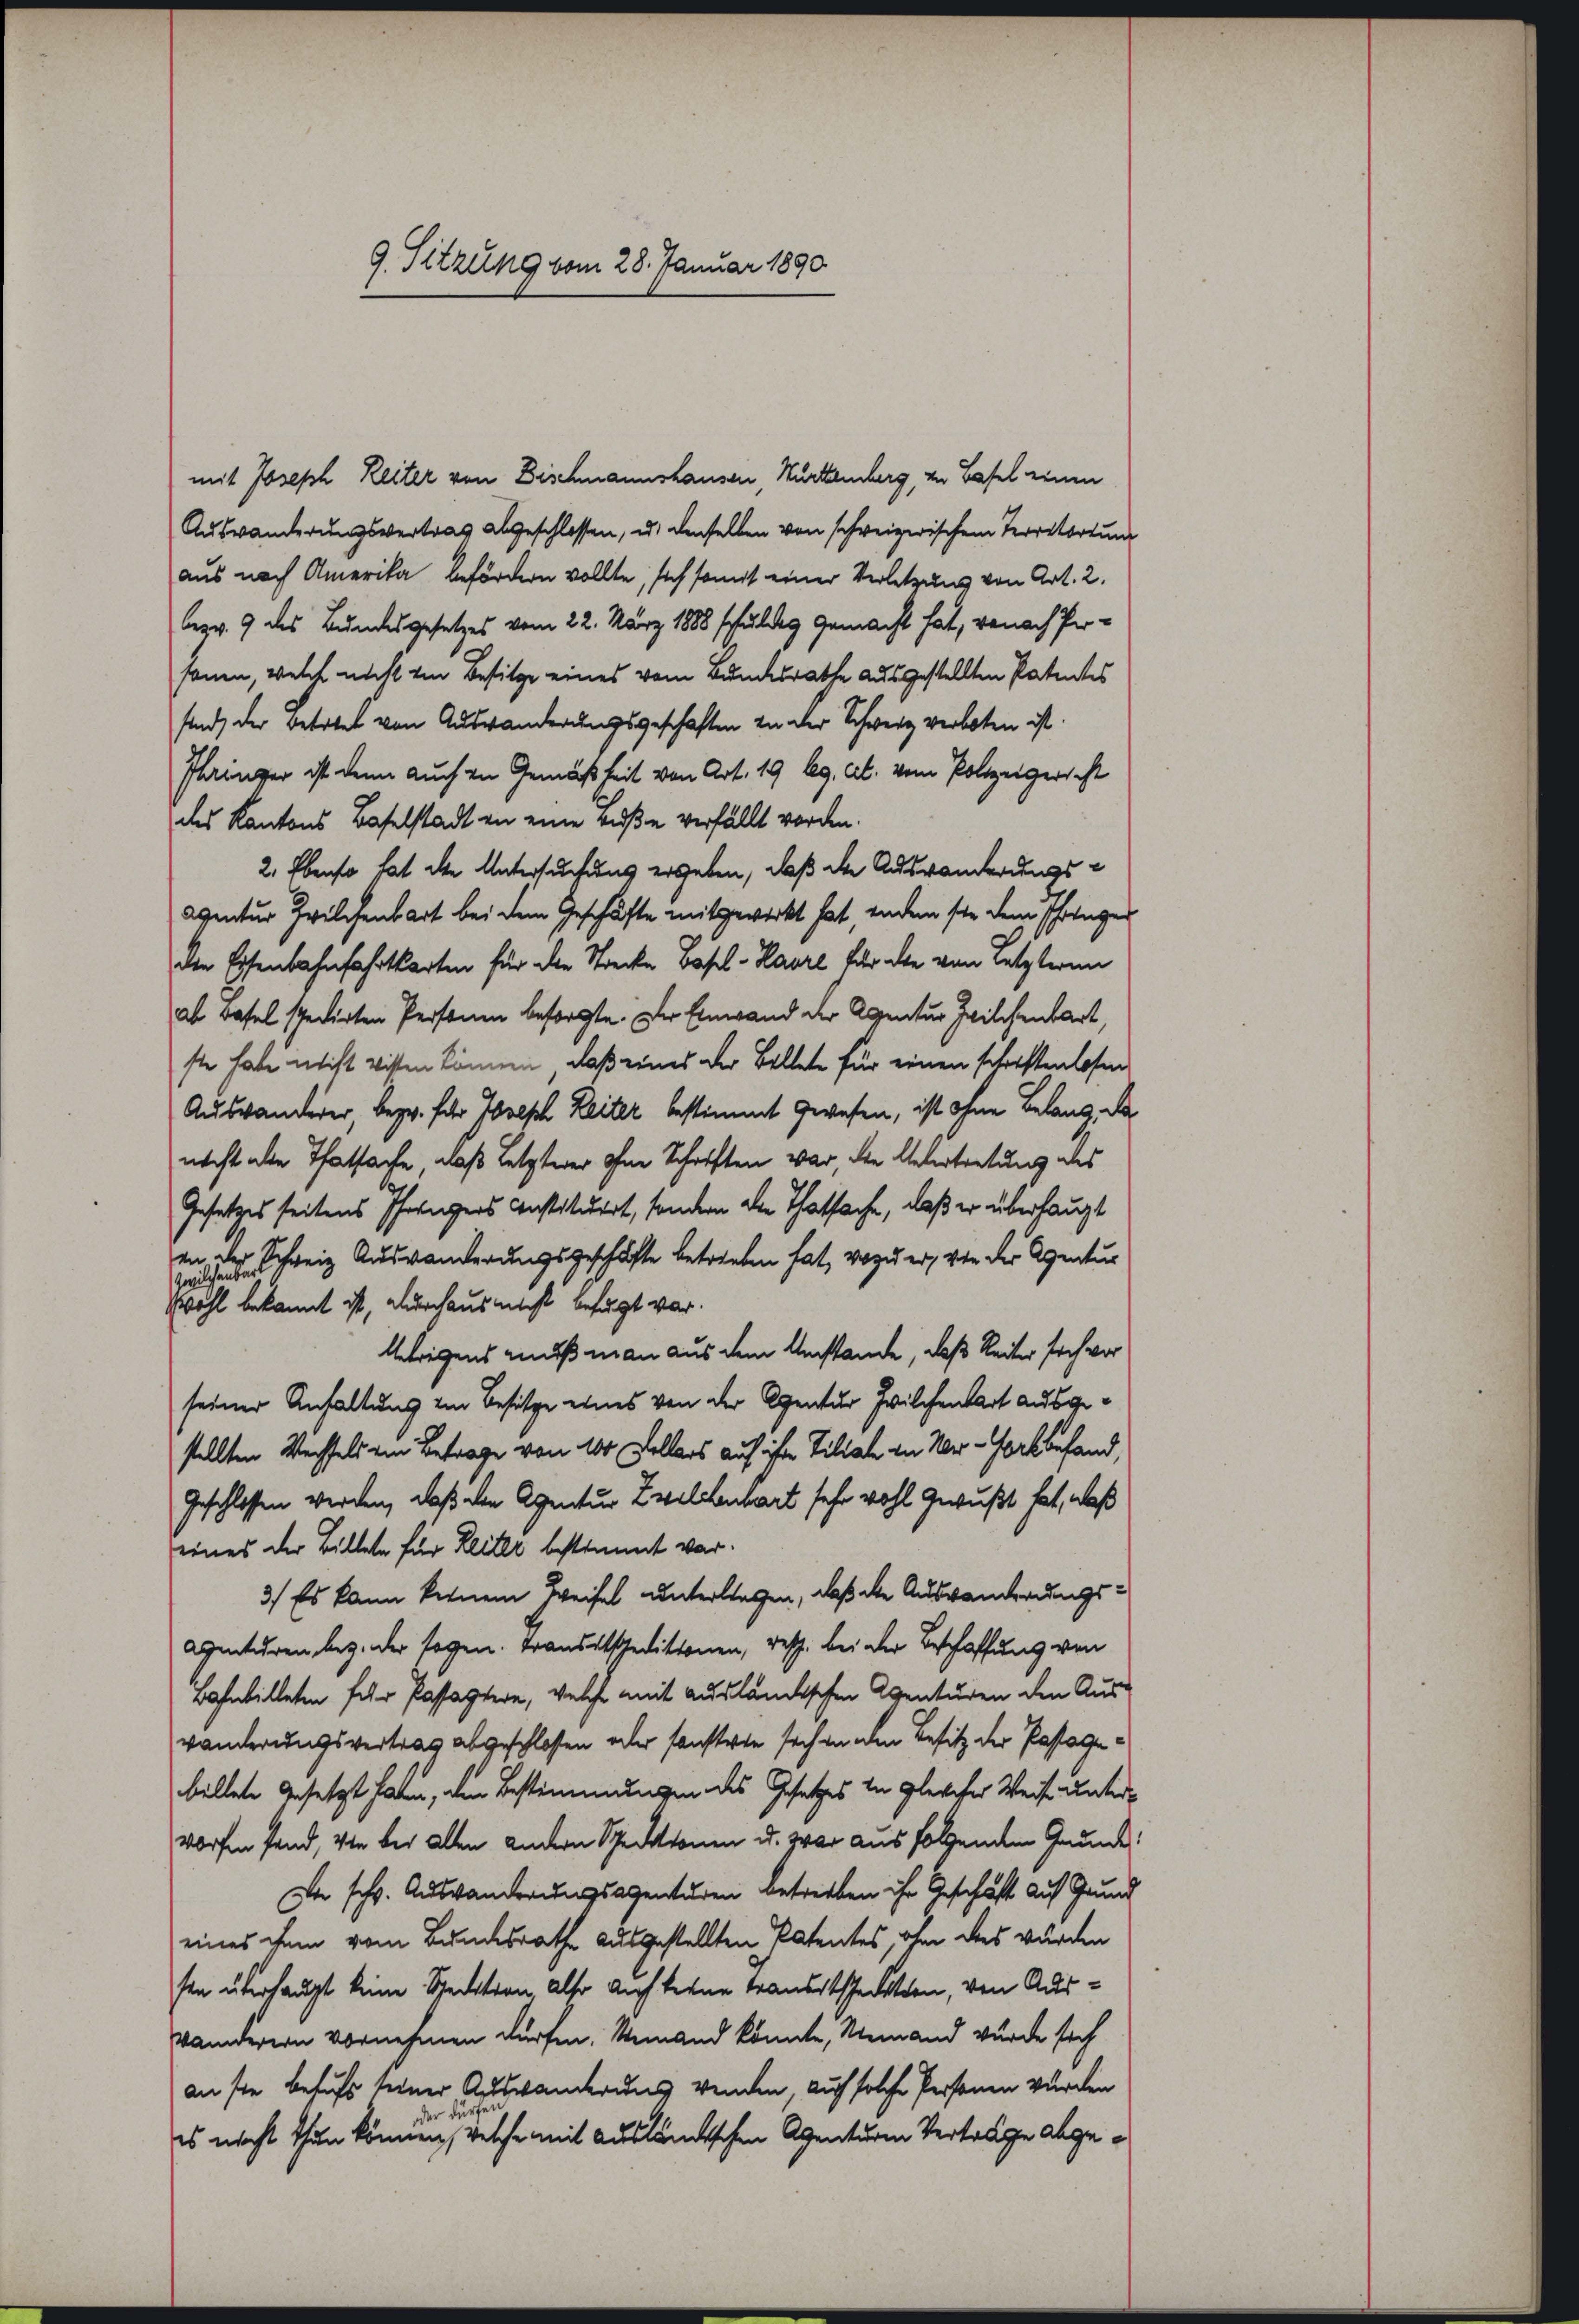
9. Sitzung vom 28. Januar 1890

mit Joseph Reiter von Bischmannshausen, Hurtemberg, von Basel einen
Auswanderungsvertrag abgeschlossen, u. denselben von schweizerischem Terratortung
aus nach Amerika befördern wollte, sich somit einer Verletzung von Art. 2.
bezw. 9 des Bundesgesetzes vom 22. März 1888 schuldig gemacht hat, wonach Personen, welche nicht von Besitze eines vom Bundesrathe ausgestellten Patentes
sind, der Betrtet von Auswanderungsgeschaften zu der Schweiz verboten ist.
Pharinger ist denn auch von Gemäßheit von Art. 19 kg. Ab. vom Polizeigericht
des Kantons Baselstadt an eine Buße verfällt worden.
2. Ebenso hat die Untersuchung ergeben, daß die Auswanderungseventur Zwilchenbart bei dem Geschäfte mitgewirkt hat, indem sie dem Pfingen
den Eisenbahnfahrtkarten für die Strecke Basel-Havre für die von letzteren
ab dasel spedirten Personen besorgte. Der Einwand der Agentur Zwilchenbart,
ste habe nicht wissen können, daß eines der Bellete für einen schriftenlosen
Auswanderer, bezw. für Joseph Leiter bestimmt gewesen, ist ohne Belang, da
necht alle Thatsache, daß Letzterer ohne Schriften war, die Untertretung des
Gesetzes seitens Pfornigers Instituiert, sondern alle Thatsache, daß er überhaupt
an der
Weisenden schweiz Auswanderungsgeschäfte betrieben hat, wozu er, von der Agentur
Wohl bekannt ist, durchaus nicht befugt war.
Uebrigens muß man aus dem Umstände, daß Reiter sich vor
seiner Anhaltung im Besitze eines von der Agentur Zwilchenbart ausgestellten Wechsels ein Betrage von 100 Kellers auf ihre Tiliale in Ver-Hork befand,
Geschlossen werden, daß den Agentur Zwillenbart sehr wohl gewußt hat, daß
eines der Billete für Leiter bestimmt war.
3.) Es kann keinem Zweifel unterliegen, daß die Auswanderungs¬
Agenturen bez. der sagen. Brandatscheditionen, resp. bei der Beschaffung von
Bahnbilleten sehr Passagtere, welche mit ausländischen Agenturen den Aus-
wanderungsvertrag abgeschlossen oder sonstete sich in dem Besitz der Pastogebellete Gesetzt haben, den Bestimmungen des Gesetzes in gleicher Weise unterworfen fand, von der allen andern Spectionen u. zwar aus folgenden Grunde!
Da schr. Auswanderungsagenturen betreiben ihr Geschäft auf Grund
eines chem vom Bundesrathe ausgestellten Patentes, ohne das wurden
sen überhaupt keine Spektion, also auch keine Brandtschadetten, von Ausvanderern vornehmen dürfen. Remand könnte, Niemand wurde sich
anste behufs seiner Auswanderung wenden, auch solche Personen wurden
r dürfe
es nicht thun können, welche mit Ausländischen Agenturm Verträge abge¬